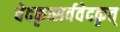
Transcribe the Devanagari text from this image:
वेदकृत्सर्ववेदकृत्